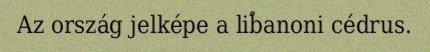
Az ország jelképe a libanoni cédrus.